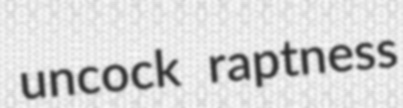
uncock raptness